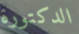
الدكتورة